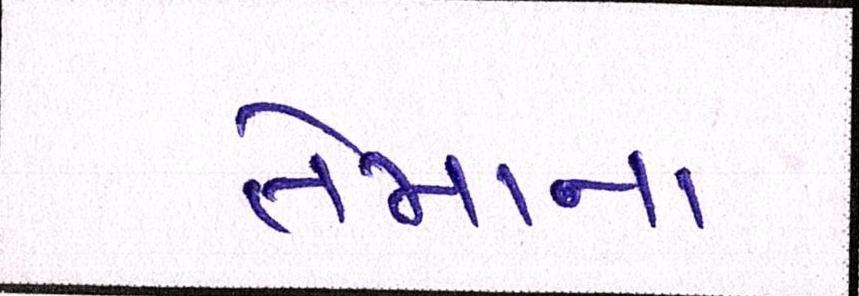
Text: તેમાંના